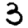
Digit: 3